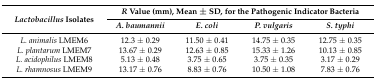
<table><thead><tr><td rowspan="2"><b><i>Lactobacillus</i> Isolates</b></td><td colspan="4"><b><i>R</i> Value (mm), Mean ± SD, for the Pathogenic Indicator Bacteria</b></td></tr><tr><td><b><i>A. baumannii</i></b></td><td><b><i>E. coli</i></b></td><td><b><i>P. vulgaris</i></b></td><td><b><i>S. typhi</i></b></td></tr></thead><tbody><tr><td><i>L. animalis</i> LMEM6</td><td>12.3 ± 0.29</td><td>11.50 ± 0.41</td><td>14.75 ± 0.35</td><td>12.75 ± 0.35</td></tr><tr><td><i>L. plantarum</i> LMEM7</td><td>13.67 ± 0.29</td><td>12.63 ± 0.85</td><td>15.33 ± 1.26</td><td>10.13 ± 0.85</td></tr><tr><td><i>L. acidophilus</i> LMEM8</td><td>5.13 ± 0.48</td><td>3.75 ± 0.65</td><td>3.75 ± 0.35</td><td>3.17 ± 0.29</td></tr><tr><td><i>L. rhamnosus</i> LMEM9</td><td>13.17 ± 0.76</td><td>8.83 ± 0.76</td><td>10.50 ± 1.08</td><td>7.83 ± 0.76</td></tr></tbody></table>